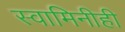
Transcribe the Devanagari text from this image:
स्वामिनीही